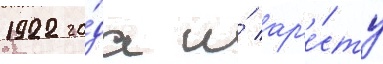
1922 го́да и́ ар'е́сту